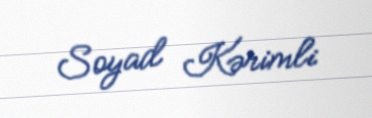
Soyad Kərimli